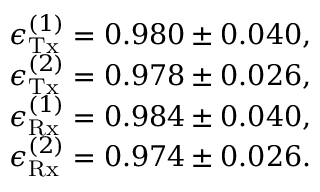
\begin{array} { r } { \epsilon _ { \mathrm { T x } } ^ { ( 1 ) } = 0 . 9 8 0 \pm 0 . 0 4 0 , } \\ { \epsilon _ { \mathrm { T x } } ^ { ( 2 ) } = 0 . 9 7 8 \pm 0 . 0 2 6 , } \\ { \epsilon _ { \mathrm { R x } } ^ { ( 1 ) } = 0 . 9 8 4 \pm 0 . 0 4 0 , } \\ { \epsilon _ { \mathrm { R x } } ^ { ( 2 ) } = 0 . 9 7 4 \pm 0 . 0 2 6 . } \end{array}